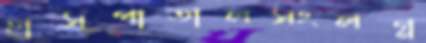
হাসপাতালসংলগ্ন